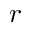
r